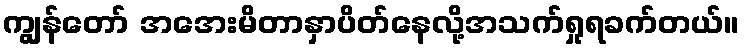
ကျွန်တော် အအေးမိတာနှာပိတ်နေလို့အသက်ရှုရခက်တယ်။